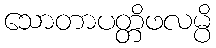
သောတာပတ္တိဖလမ္ပိ